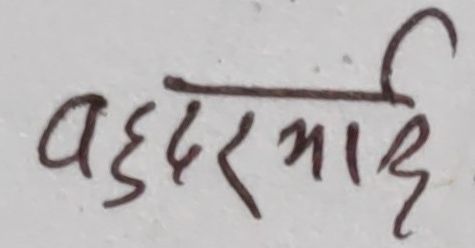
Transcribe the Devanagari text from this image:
बहदरमाई